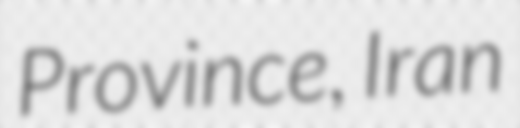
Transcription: Province, Iran